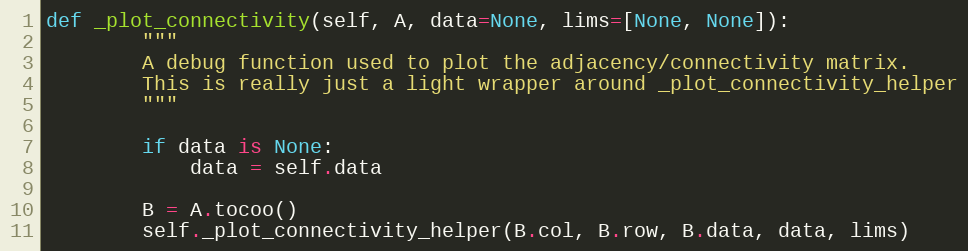
Language: Python
def _plot_connectivity(self, A, data=None, lims=[None, None]):
        """
        A debug function used to plot the adjacency/connectivity matrix.
        This is really just a light wrapper around _plot_connectivity_helper
        """

        if data is None:
            data = self.data

        B = A.tocoo()
        self._plot_connectivity_helper(B.col, B.row, B.data, data, lims)